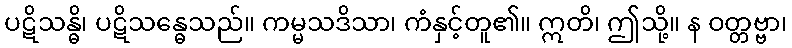
ပဋိသန္ဓိ၊ ပဋိသန္ဓေသည်။ ကမ္မသဒိသာ၊ ကံနှင့်တူ၏။ ဣတိ၊ ဤသို့။ န ဝတ္တဗ္ဗာ၊